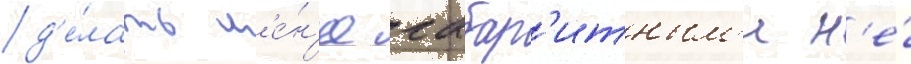
д'е́лать м'е́н'ее габар'итным'и н'е́